Voisiku_vallavalitsus, lk 500
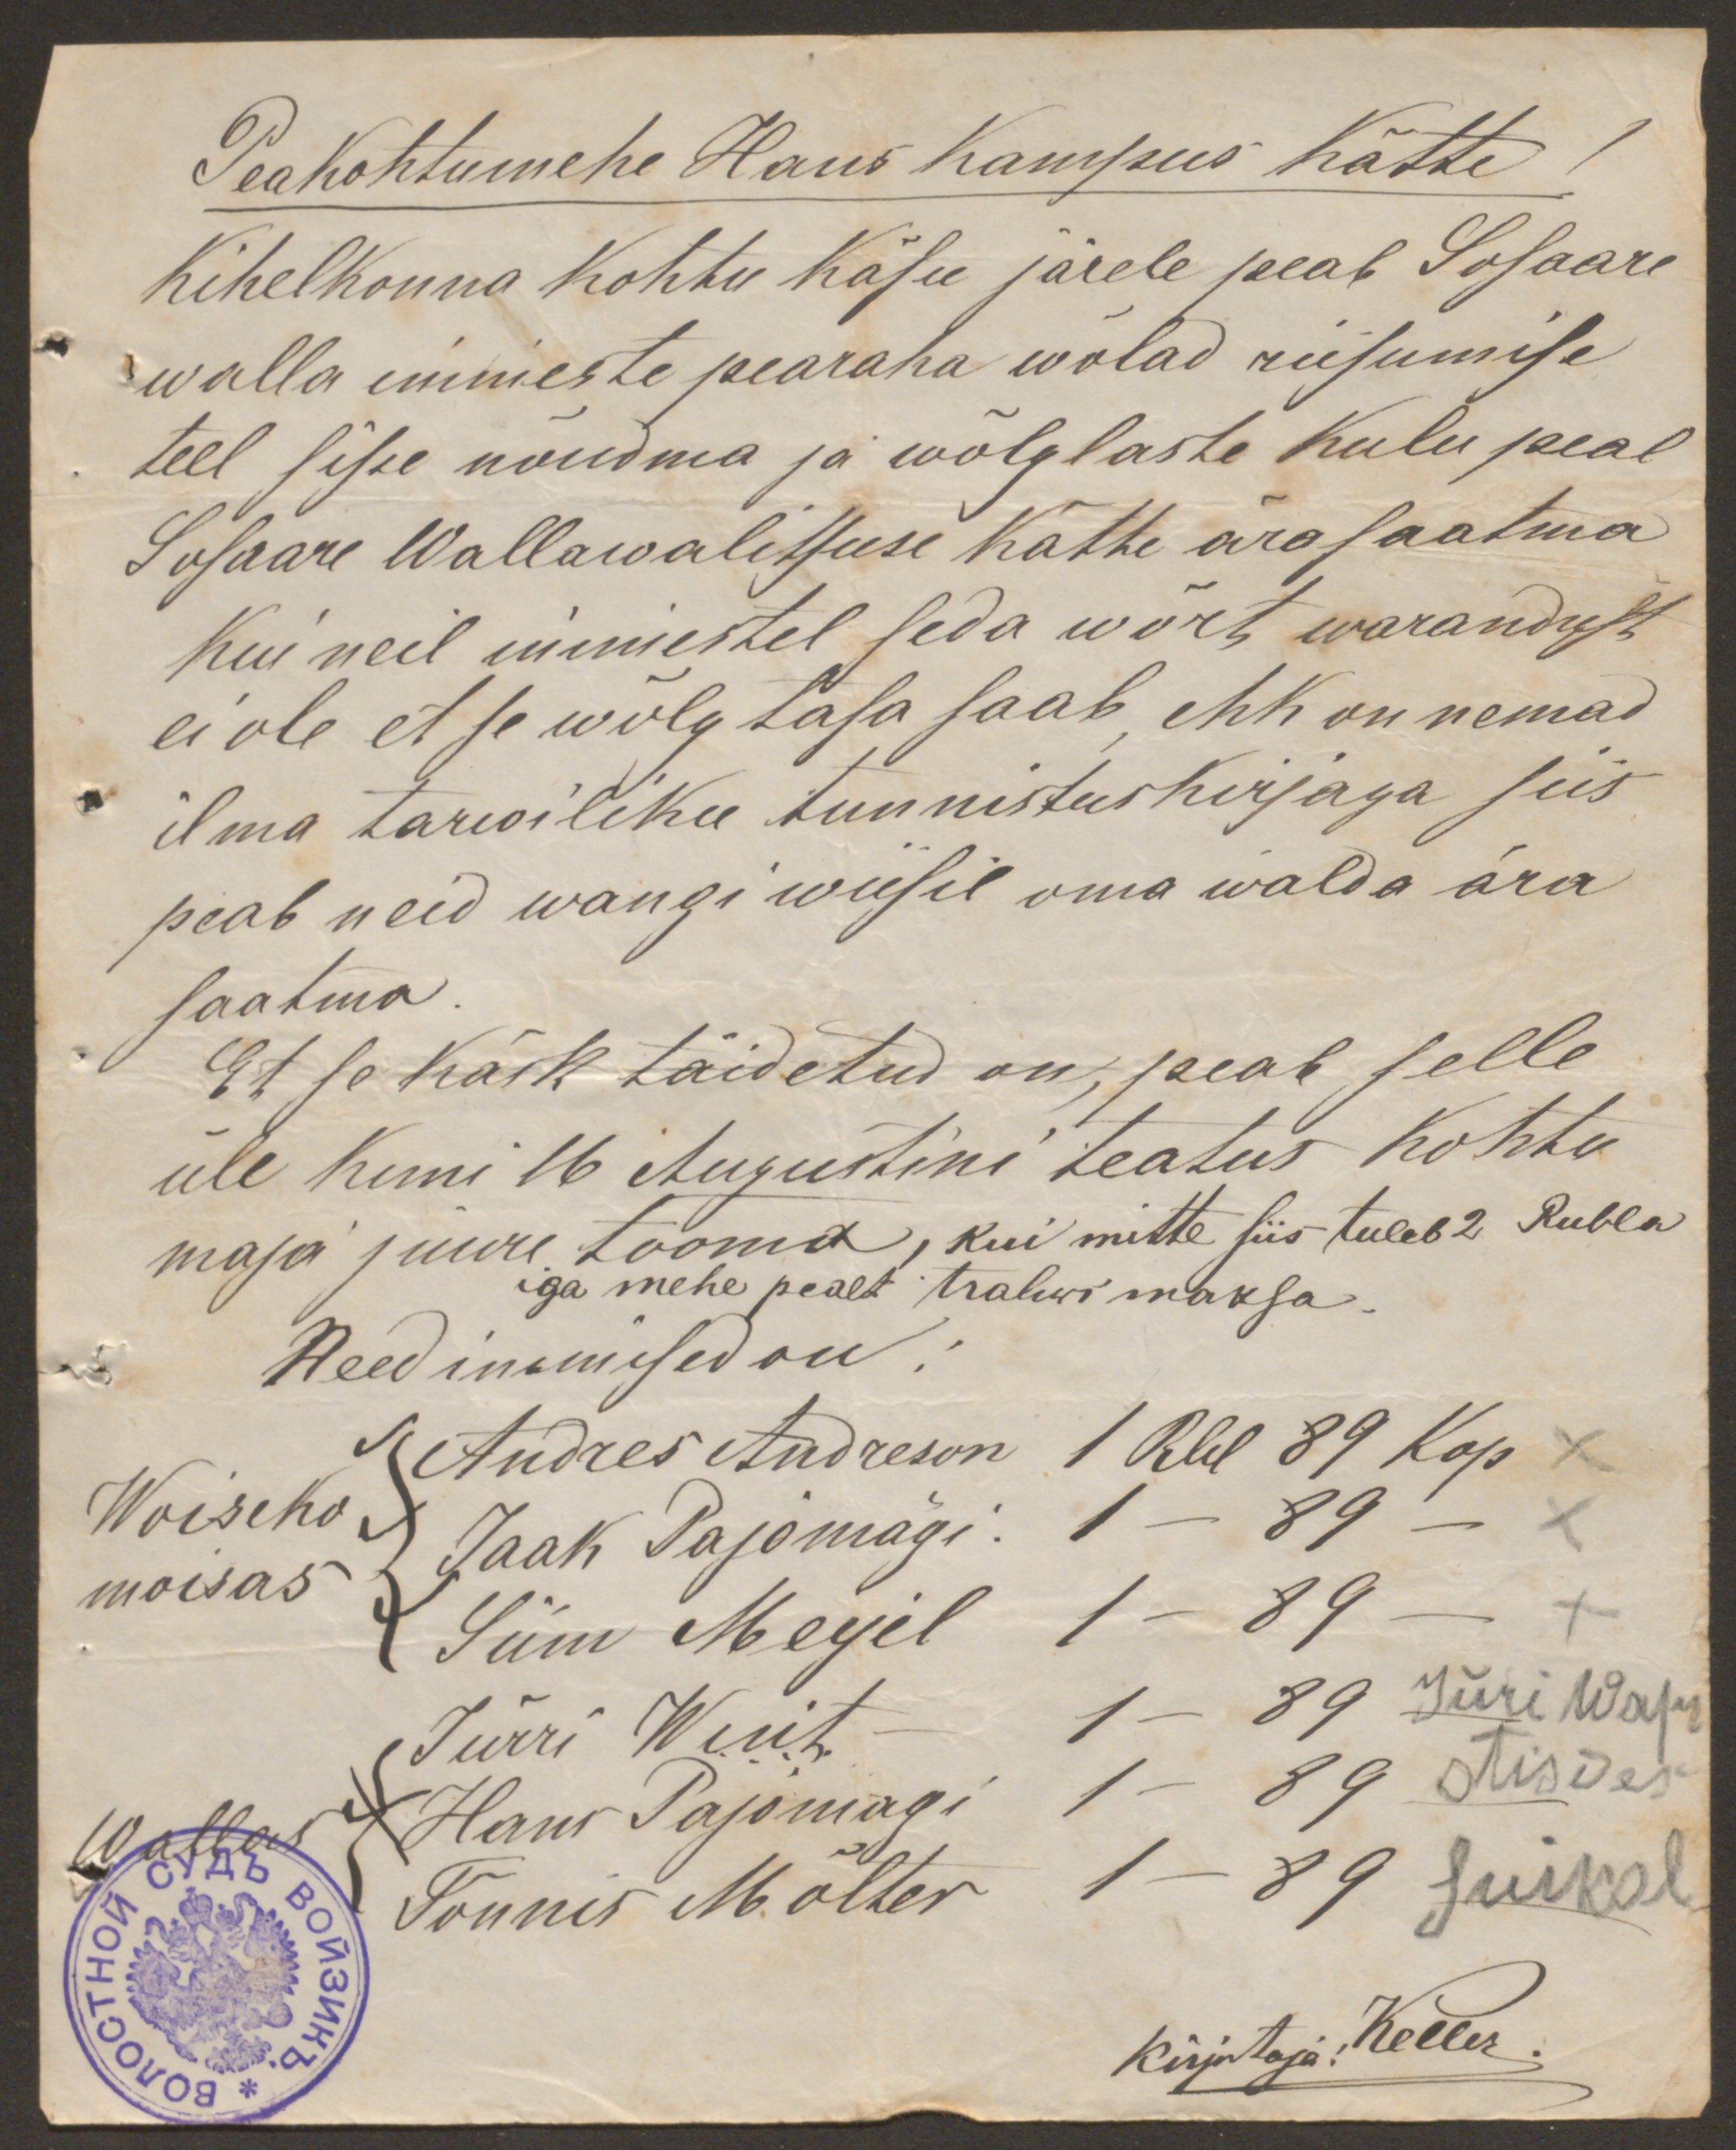
Peakohtumehe Hans Kampus kätte
Kihelkonna kohtu käsu järele peab Sosaare
walla inimeste pearaha wõlad riisumise
teel sisse nõudma ja wõlglaste kulu peal
Sosaare Wallawalitsuse kätte ära saatma
Kui neil inimestel seda wõrt warandust
ei ole et se wõlg tasa saab ehk on nemad
ilma tarwiliku tunnistuskirjaga siis
peab neid wangi wiisil oma walda ära
saatma
Et se Käsk täidetud on, peab selle
üle kuni 16 Augustini teatus kohtu
maja juure tooma, kui mitte siis tuleb 2 Rubla
iga mehe pealt trahwi maksa
Need inimised on
Andres Andreson 1 Rbl 89 Kop x
Woiseko
Jaak Pajomägi. 1 - 89 - x
moisas
Siim Meyel 1 - 89 -
Jürri Wiit 1- 89 Jüri Waps
Hans Pajomagi 1 - 89 stisdes
Wallas
Tõnnis Mölter 1 - 89 suikal
kirjutaja: Keller.